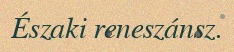
Északi reneszánsz.